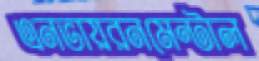
এনভায়রনমেন্টাল